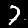
Digit: 7